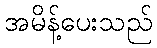
အမိန့်ပေးသည်